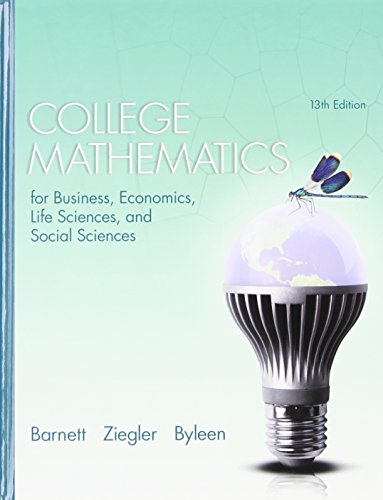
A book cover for College Mathematics for Business, Economics, Life Sciences, and Social Sciences (13th Edition); Raymond A. Barnett; Science & Math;